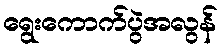
ရွေးကောက်ပွဲအလွန်